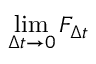
\operatorname* { l i m } _ { \Delta t \to 0 } F _ { \Delta t }